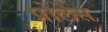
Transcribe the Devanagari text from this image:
प्रोलेस